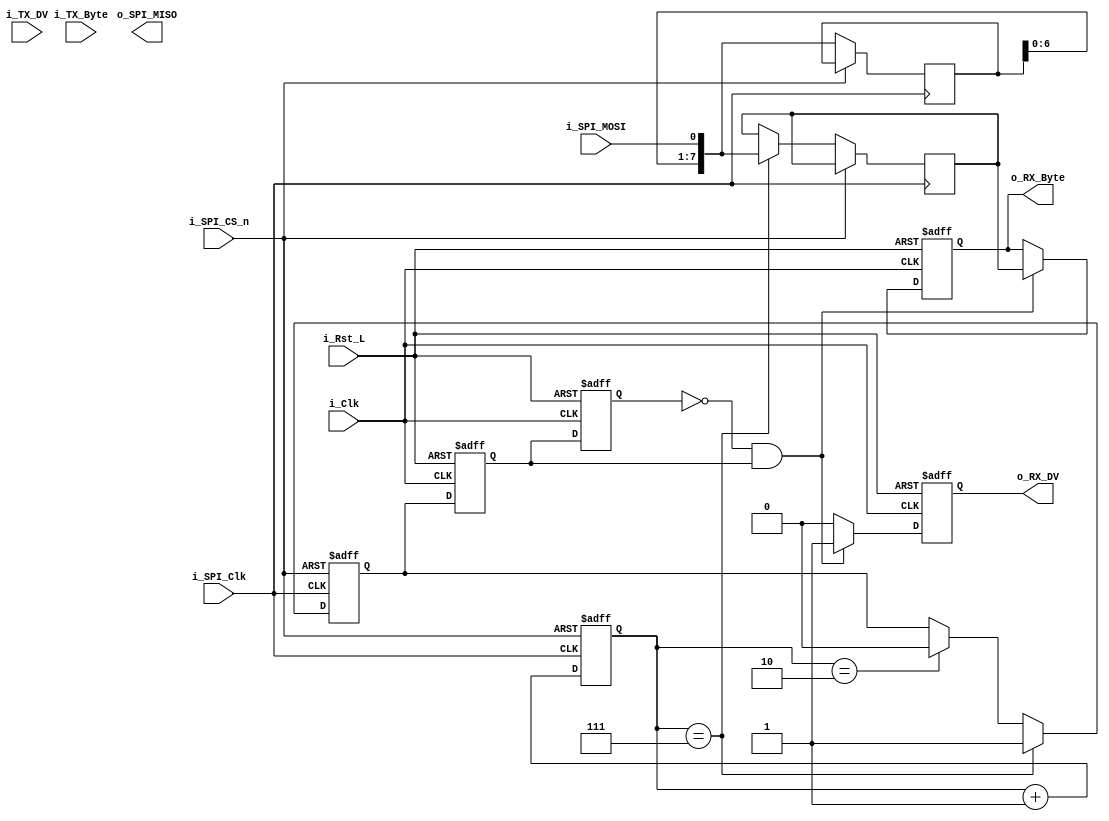
///////////////////////////////////////////////////////////////////////////////
// Description: SPI (Serial Peripheral Interface) Slave
//              Creates slave based on input configuration.
//              Receives a byte one bit at a time on MOSI
//              Will also push out byte data one bit at a time on MISO.  
//              Any data on input byte will be shipped out on MISO.
//              Supports multiple bytes per transaction when CS_n is kept 
//              low during the transaction.
//
// Note:        i_Clk must be at least 4x faster than i_SPI_Clk
//              MISO is tri-stated when not communicating.  Allows for multiple
//              SPI Slaves on the same interface.
//
// Parameters:  SPI_MODE, can be 0, 1, 2, or 3.  See above.
//              Can be configured in one of 4 modes:
//              Mode | Clock Polarity (CPOL/CKP) | Clock Phase (CPHA)
//               0   |             0             |        0
//               1   |             0             |        1
//               2   |             1             |        0
//               3   |             1             |        1
//              More info: https://en.wikipedia.org/wiki/Serial_Peripheral_Interface_Bus#Mode_numbers
///////////////////////////////////////////////////////////////////////////////

module SPI_Slave
  #(parameter SPI_MODE = 0)
  (
   // Control/Data Signals,
   input            i_Rst_L,    // FPGA Reset, active low
   input            i_Clk,      // FPGA Clock
   output reg       o_RX_DV,    // Data Valid pulse (1 clock cycle)
   output reg [7:0] o_RX_Byte,  // Byte received on MOSI
   input            i_TX_DV,    // Data Valid pulse to register i_TX_Byte
   input  [7:0]     i_TX_Byte,  // Byte to serialize to MISO.

   // SPI Interface
   input      i_SPI_Clk,
   output reg o_SPI_MISO,
   input      i_SPI_MOSI,
   input      i_SPI_CS_n        // active low
   );


  // SPI Interface (All Runs at SPI Clock Domain)
  wire w_CPOL;     // Clock polarity
  wire w_CPHA;     // Clock phase
  wire w_SPI_Clk;  // Inverted/non-inverted depending on settings
  wire w_SPI_MISO_Mux;
  
  reg [2:0] r_RX_Bit_Count;
  reg [2:0] r_TX_Bit_Count;
  reg [7:0] r_Temp_RX_Byte;
  reg [7:0] r_RX_Byte;
  reg r_RX_Done, r2_RX_Done, r3_RX_Done;
  reg [7:0] r_TX_Byte;
  reg r_SPI_MISO_Bit, r_Preload_MISO;

  // CPOL: Clock Polarity
  // CPOL=0 means clock idles at 0, leading edge is rising edge.
  // CPOL=1 means clock idles at 1, leading edge is falling edge.
  assign w_CPOL  = (SPI_MODE == 2) | (SPI_MODE == 3);

  // CPHA: Clock Phase
  // CPHA=0 means the "out" side changes the data on trailing edge of clock
  //              the "in" side captures data on leading edge of clock
  // CPHA=1 means the "out" side changes the data on leading edge of clock
  //              the "in" side captures data on the trailing edge of clock
  assign w_CPHA  = (SPI_MODE == 1) | (SPI_MODE == 3);

  assign w_SPI_Clk = w_CPHA ? ~i_SPI_Clk : i_SPI_Clk;



  // Purpose: Recover SPI Byte in SPI Clock Domain
  // Samples line on correct edge of SPI Clock
  always @(posedge w_SPI_Clk or posedge i_SPI_CS_n)
  begin
    if (i_SPI_CS_n)
    begin
      r_RX_Bit_Count <= 0;
      r_RX_Done      <= 1'b0;
    end
    else
    begin
      r_RX_Bit_Count <= r_RX_Bit_Count + 1;

      // Receive in LSB, shift up to MSB
      r_Temp_RX_Byte <= {r_Temp_RX_Byte[6:0], i_SPI_MOSI};
    
      if (r_RX_Bit_Count == 3'b111)
      begin
        r_RX_Done <= 1'b1;
        r_RX_Byte <= {r_Temp_RX_Byte[6:0], i_SPI_MOSI};
      end
      else if (r_RX_Bit_Count == 3'b010)
      begin
        r_RX_Done <= 1'b0;        
      end

    end // else: !if(i_SPI_CS_n)
  end // always @ (posedge w_SPI_Clk or posedge i_SPI_CS_n)



  // Purpose: Cross from SPI Clock Domain to main FPGA clock domain
  // Assert o_RX_DV for 1 clock cycle when o_RX_Byte has valid data.
  always @(posedge i_Clk or negedge i_Rst_L)
  begin
    if (~i_Rst_L)
    begin
      r2_RX_Done <= 1'b0;
      r3_RX_Done <= 1'b0;
      o_RX_DV    <= 1'b0;
      o_RX_Byte  <= 8'h00;
    end
    else
    begin
      // Here is where clock domains are crossed.
      // This will require timing constraint created, can set up long path.
      r2_RX_Done <= r_RX_Done;

      r3_RX_Done <= r2_RX_Done;

      if (r3_RX_Done == 1'b0 && r2_RX_Done == 1'b1) // rising edge
      begin
        o_RX_DV   <= 1'b1;  // Pulse Data Valid 1 clock cycle
        o_RX_Byte <= r_RX_Byte;
      end
      else
      begin
        o_RX_DV <= 1'b0;
      end
    end // else: !if(~i_Rst_L)
  end // always @ (posedge i_Bus_Clk)


  // Control preload signal.  Should be 1 when CS is high, but as soon as
  // first clock edge is seen it goes low.
  always @(posedge w_SPI_Clk or posedge i_SPI_CS_n)
  begin
    if (i_SPI_CS_n)
    begin
      r_Preload_MISO <= 1'b1;
    end
    else
    begin
      r_Preload_MISO <= 1'b0;
    end
  end


  // Purpose: Transmits 1 SPI Byte whenever SPI clock is toggling
  // Will transmit read data back to SW over MISO line.
  // Want to put data on the line immediately when CS goes low.
  always @(posedge w_SPI_Clk or posedge i_SPI_CS_n)
  begin
    if (i_SPI_CS_n)
    begin
      r_TX_Bit_Count <= 3'b111;  // Send MSb first
      r_SPI_MISO_Bit <= r_TX_Byte[3'b111];  // Reset to MSb
    end
    else
    begin
      r_TX_Bit_Count <= r_TX_Bit_Count - 1;

      // Here is where data crosses clock domains from i_Clk to w_SPI_Clk
      // Can set up a timing constraint with wide margin for data path.
      r_SPI_MISO_Bit <= r_TX_Byte[r_TX_Bit_Count];

    end // else: !if(i_SPI_CS_n)
  end // always @ (negedge w_SPI_Clk or posedge i_SPI_CS_n_SW)


  // Purpose: Register TX Byte when DV pulse comes.  Keeps registed byte in 
  // this module to get serialized and sent back to master.
  always @(posedge i_Clk or negedge i_Rst_L)
  begin
    if (~i_Rst_L)
    begin
      r_TX_Byte <= 8'h00;
    end
    else
    begin
      if (i_TX_DV)
      begin
        r_TX_Byte <= i_TX_Byte; 
      end
    end // else: !if(~i_Rst_L)
  end // always @ (posedge i_Clk or negedge i_Rst_L)

  // Preload MISO with top bit of send data when preload selector is high.
  // Otherwise just send the normal MISO data
  assign w_SPI_MISO_Mux = r_Preload_MISO ? r_TX_Byte[3'b111] : r_SPI_MISO_Bit;

  // Tri-state MISO when CS is high.  Allows for multiple slaves to talk.
  //assign o_SPI_MISO = i_SPI_CS_n ? 1'bZ : w_SPI_MISO_Mux;

endmodule // SPI_Slave